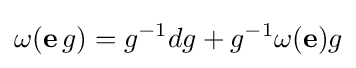
\omega (\mathbf {e} \,g)=g^{-1}dg+g^{-1}\omega (\mathbf {e} )g